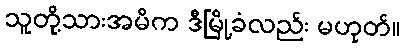
သူတို့သားအမိက ဒီမြို့ခံလည်း မဟုတ်။